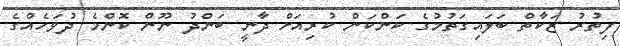
ފިތުރު ޒަކާތް ބަލައިގަތުމުގެ ކަންކަން ކުރިއަށް ދާނީ ބަންދު ނޫން ކޮންމެ ދުވަހެއްގެ